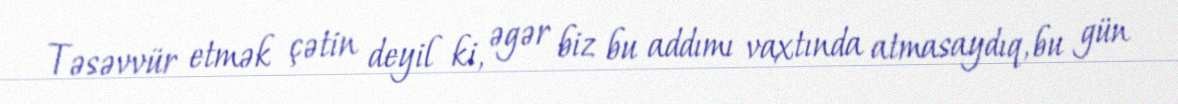
Təsəvvür etmək çətin deyil ki, əgər biz bu addımı vaxtında atmasaydıq, bu gün